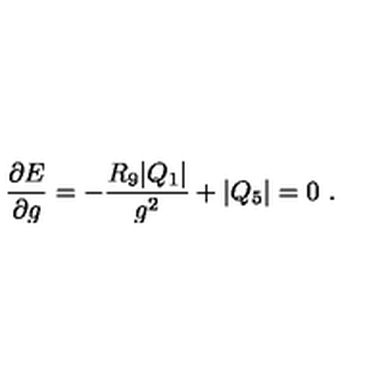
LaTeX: { \frac { \partial E } { \partial g } } = - { \frac { R _ { 9 } | Q _ { 1 } | } { g ^ { 2 } } } + | Q _ { 5 } | = 0 \ .